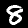
Digit: 8